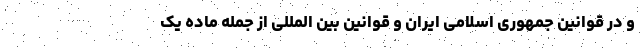
و در قوانین جمهوری اسلامی ایران و قوانین بین المللی از جمله ماده یک